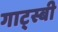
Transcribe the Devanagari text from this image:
गाट्स्बी